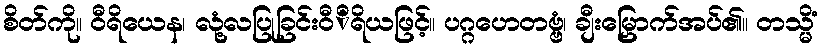
စိတ်ကို။ ဝီရိယေန၊ လုံ့လပြုခြင်းဝီိရိယဖြင့်။ ပဂ္ဂဟေတဗ္ဗံ၊ ချီးမြှောက်အပ်၏။ တသ္မိံ